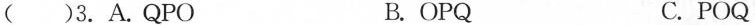
( )3. A.QPO B. OPQ C. POQ